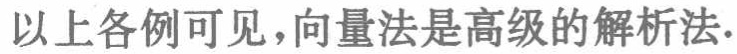
以上各例可见，向量法是高级的解析法.